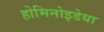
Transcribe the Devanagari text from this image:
होमिनोइडेया